Sketch of the medical history of the native army of Bombay, for the year
Year: 1870
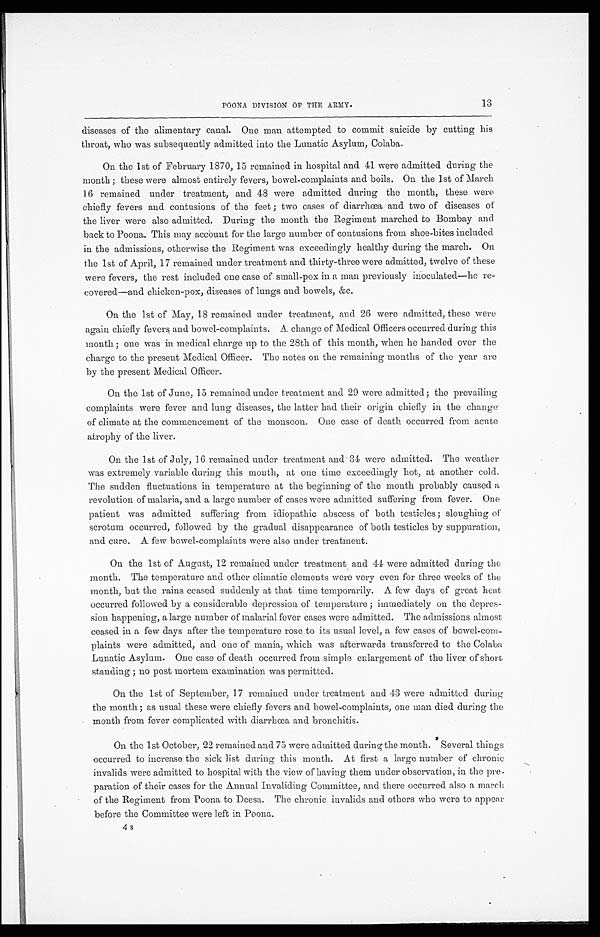
13
POONA DIVISION OF THE ARMY.
diseases of the alimentary canal. One man attempted to commit suicide by cutting his
throat, who was subsequently admitted into the Lunatic Asylum, Colaba.
On the 1st of February 1870, 15 remained in hospital and 41 were admitted during the
month; these were almost entirely fevers, bowel-complaints and boils. On the 1st of March
16 remained under treatment, and 48 were admitted during the month, these were
chiefly fevers and contusions of the feet; two cases of diarrhœa and two of diseases of
the liver were also admitted. During the month the Regiment marched to Bombay and
back to Poona. This may account for the large number of contusions from shoe-bites included
in the admissions, otherwise the Regiment was exceedingly healthy during the march. On
the 1st of April, 17 remained under treatment and thirty-three were admitted, twelve of these
were fevers, the rest included one case of small-pox in a man previously inoculated—he re
- c o v e r e d — a n d c h i c k e n - p o x , d i s e a s e s o f l u n g s a n d b o w e l s , & c .
On the 1st of May, 18 remained under treatment, and 26 were admitted, these were
again chiefly fevers and bowel-complaints. A change of Medical Officers occurred during this
month; one was in medical charge up to the 28th of this month, when he handed over the
charge to the present Medical Officer. The notes on the remaining months of the year are
by the present Medical Officer.
On the 1st of June, 15 remained under treatment and 29 were admitted; the prevailing
complaints were fever and lung diseases, the latter had their origin chiefly in the change
of climate at the commencement of the monsoon. One case of death occurred from acute
atrophy of the liver.
On the 1st of July, 16 remained under treatment and 34 were admitted. The weather
was extremely variable during this mouth, at one time exceedingly hot, at another cold.
The sudden fluctuations in temperature at the beginning of the month probably caused a
revolution of malaria, and a large number of cases were admitted suffering from fever. One
patient was admitted suffering from idiopathic abscess of both testicles; sloughing of
scrotum occurred, followed by the gradual disappearance of both testicles by suppuration,
and cure. A few bowel-complaints were also under treatment.
On the 1st of August, 12 remained under treatment and 44 were admitted during the
month. The temperature and other climatic elements were very even for three weeks of the
month, but the rains ceased suddenly at that time temporarily. A few days of great heat
occurred followed by a considerable depression of temperature; immediately on the depres
- s i o n h a p p e n i n g , a l a r g e n u m b e r o f m a l a r i a l f e v e r c a s e s w e r e a d m i t t e d . T h e a d m i s s i o n s a l m o s t
ceased in a few days after the temperature rose to its usual level, a few cases of bowel-com
- p l a i n t s w e r e a d m i t t e d , a n d o n e o f m a n i a , w h i c h w a s a f t e r w a r d s t r a n s f e r r e d t o t h e C o l a b a
Lunatic Asylum. One case of death occurred from simple enlargement of the liver of short
standing; no post mortem examination was permitted.
On the 1st of September, 17 remained under treatment and 43 were admitted during
the month; as usual these were chiefly fevers and bowel-complaints, one man died during the
month from fever complicated with diarrhœa and bronchitis.
On the 1st October, 22 remained and 75 were admitted during the month. Several things
occurred to increase the sick list during this month. At first a large number of chronic
invalids were admitted to hospital with the view of having them under observation, in the pre
-paration of their cases for the Annual Invaliding Committee, and there occurred also a march
of the Regiment from Poona to Deesa. The chronic invalids and others who were to appear
before the Committee were left in Poona.
4s